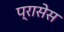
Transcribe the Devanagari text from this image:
प्रासेस